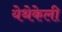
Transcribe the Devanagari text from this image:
येथेकेली